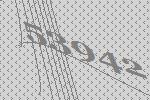
53942